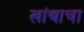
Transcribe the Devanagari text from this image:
खांद्याचा